Report on the working of the mental hospitals for Indians in Bihar and Orissa - 1925-1929
Year: 1925
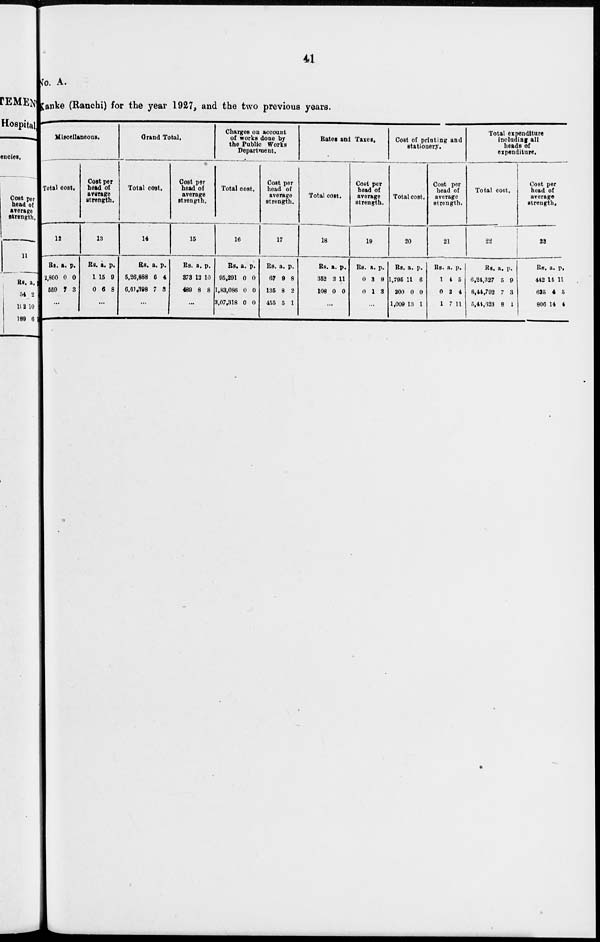
41
No. A.
Kanke (Ranchi) for the year 1927, and the two previous years.
Miscellaneous.
Total cost.
12
Rs.
2,800
559
a.
0
7
p.
0
3
...
Cost per
head of
average
strength.
13
Rs.
1
0
a.
15
6
p.
0
8
...
Grand Total.
Total cost.
14
Rs.
5,26,888
6,61,398
a.
6
7
p.
4
3
Cost per
head of
average
strength.
15
Rs.
373
489
a.
12
8
p.
10
8
...
Charges on account
of works done by
the Public Works
Department.
Total cost.
16
Rs.
95,291
1,83,086
3,07,318
a.
0
0
0
p.
0
0
0
Cost per
head of
average
strength.
17
Rs.
67
135
455
a.
9
8
5
p.
8
2
1
Rates and Taxes.
Total cost.
18
Rs.
352
108
a.
3
0
p.
11
0
...
Cost per
head of
average
strength.
19
Rs.
0
0
a.
3
1
p.
9
3
...
Cost of printing and
stationery.
Total cost.
20
Rs.
1,795
200
1,009
a.
11
0
13
p.
6
0
1
Cost per
head of
average
strength.
21
Rs.
1
0
1
a.
4
2
7
p.
5
4
11
Total expenditure
including all
heads of
expenditure.
Total cost.
22
Rs.
6,24,327
8,44,792
5,44,623
a.
5
7
8
p.
9
3
1
Cost per
head of
average
strength.
23
Rs.
442
625
806
a.
14
4
14
p.
11
5
4